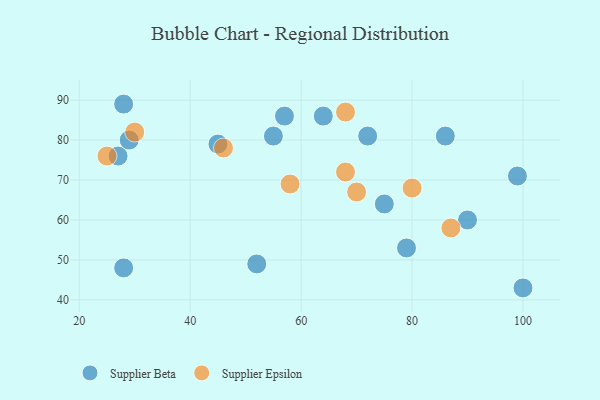
{"axis": {"x": "GDP", "y": "Life Expectancy"}, "legend": ["Supplier Beta", "Supplier Epsilon"], "data": [{"x": "52", "y": 49, "type": "Supplier Beta"}, {"x": "64", "y": 86, "type": "Supplier Beta"}, {"x": "75", "y": 64, "type": "Supplier Beta"}, {"x": "45", "y": 79, "type": "Supplier Beta"}, {"x": "28", "y": 89, "type": "Supplier Beta"}, {"x": "86", "y": 81, "type": "Supplier Beta"}, {"x": "28", "y": 48, "type": "Supplier Beta"}, {"x": "55", "y": 81, "type": "Supplier Beta"}, {"x": "27", "y": 76, "type": "Supplier Beta"}, {"x": "29", "y": 80, "type": "Supplier Beta"}, {"x": "79", "y": 53, "type": "Supplier Beta"}, {"x": "72", "y": 81, "type": "Supplier Beta"}, {"x": "90", "y": 60, "type": "Supplier Beta"}, {"x": "57", "y": 86, "type": "Supplier Beta"}, {"x": "100", "y": 43, "type": "Supplier Beta"}, {"x": "99", "y": 71, "type": "Supplier Beta"}, {"x": "68", "y": 72, "type": "Supplier Epsilon"}, {"x": "25", "y": 76, "type": "Supplier Epsilon"}, {"x": "80", "y": 68, "type": "Supplier Epsilon"}, {"x": "58", "y": 69, "type": "Supplier Epsilon"}, {"x": "87", "y": 58, "type": "Supplier Epsilon"}, {"x": "46", "y": 78, "type": "Supplier Epsilon"}, {"x": "70", "y": 67, "type": "Supplier Epsilon"}, {"x": "30", "y": 82, "type": "Supplier Epsilon"}, {"x": "68", "y": 87, "type": "Supplier Epsilon"}]}